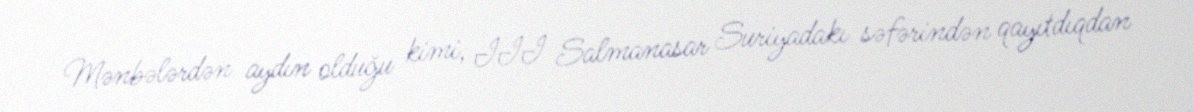
Mənbələrdən aydın olduğu kimi, III Salmanasar Suriyadakı səfərindən qayıtdıqdan